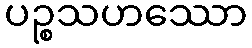
ပဉ္စသဟဿော